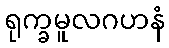
ရုက္ခမူလဂဟနံ